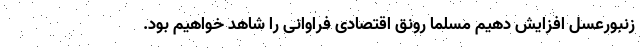
زنبورعسل افزایش دهیم مسلما رونق اقتصادی فراوانی را شاهد خواهیم بود.